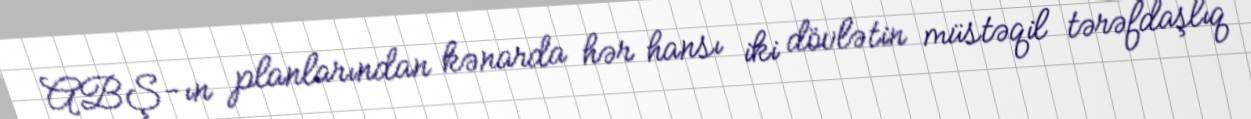
ABŞ-ın planlarından kənarda hər hansı iki dövlətin müstəqil tərəfdaşlıq